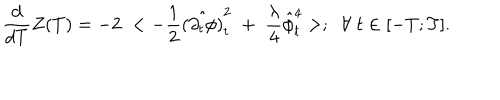
LaTeX: { \frac { d } { d T } } Z ( T ) = - 2 \; < - { \frac { 1 } { 2 } } \hat { ( \partial _ { t } \phi ) } _ { t } ^ { 2 } \; + \; { \frac { \lambda } { 4 } } \hat { \phi } _ { t } ^ { 4 } > ; \; \; \forall \; t \in [ - T ; T ] .